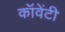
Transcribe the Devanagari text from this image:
कॉवेंटी